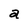
Character: a